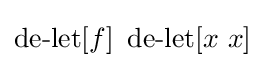
\operatorname {de-let} [f]\ \operatorname {de-let} [x\ x]